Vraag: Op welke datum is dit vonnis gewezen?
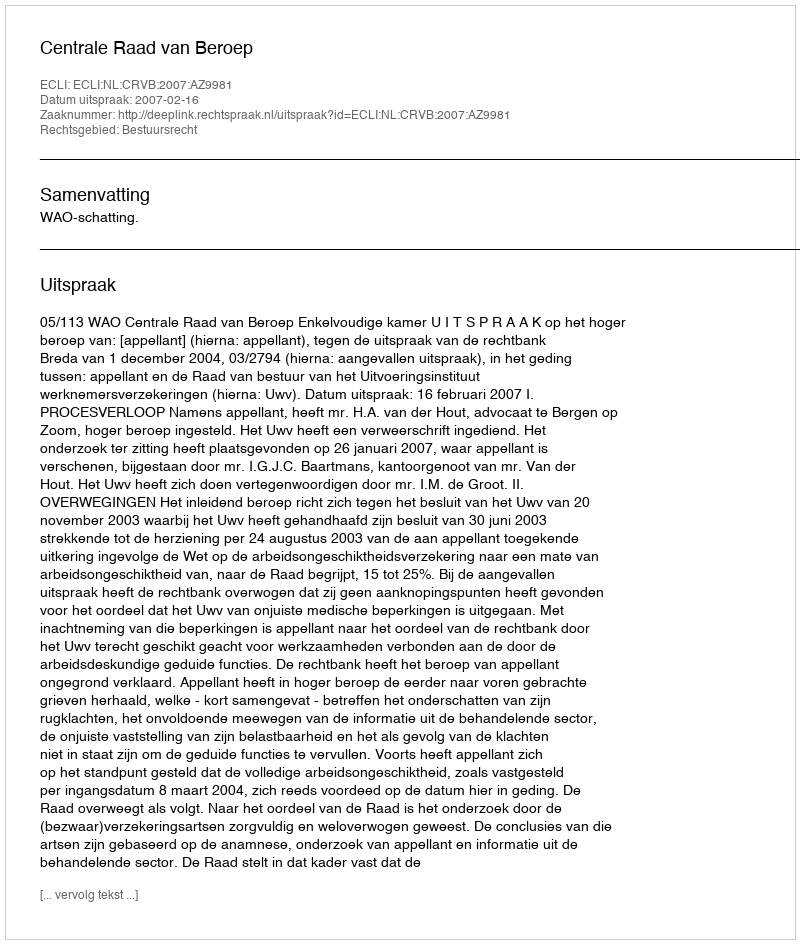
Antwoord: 2007-02-16